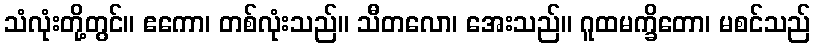
သံလုံးတို့တွင်။ ဧကော၊ တစ်လုံးသည်။ သီတလော၊ အေးသည်။ ဂူထမက္ခိတော၊ မစင်သည်